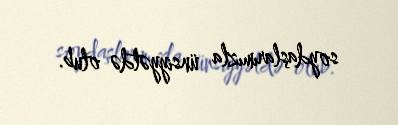
soydaşlarımızla ünsiyyətdə olub.